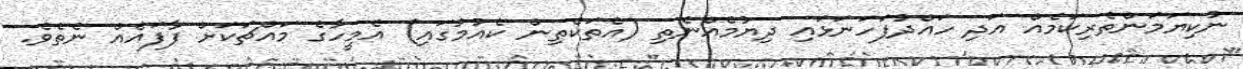
ނުކިޔަމަންތެރިކަމެއް އަދި ހައްދުފަހަނަޅައި ދިޔުމެއްނެތި (އެތަކެތިން ކެއުމުގައި) އެމީހާގެ މައްޗަކަށް ފާފައެއް ނެތެވެ.